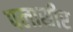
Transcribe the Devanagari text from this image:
पलासीर